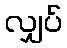
လျှပ်